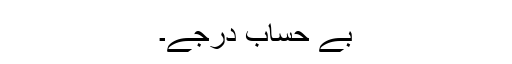
بے حساب درجے۔